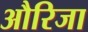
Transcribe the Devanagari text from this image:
औरिजा